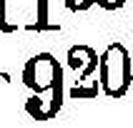
920